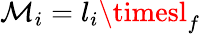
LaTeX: \mathcal{M}_{i}=l_{i}\timesl_{f}